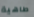
طاهية